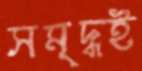
সমৃদ্ধই